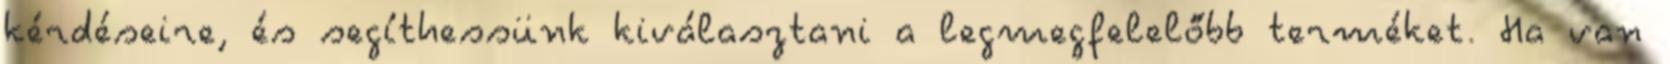
kérdéseire, és segíthessünk kiválasztani a legmegfelelőbb terméket. Ha van